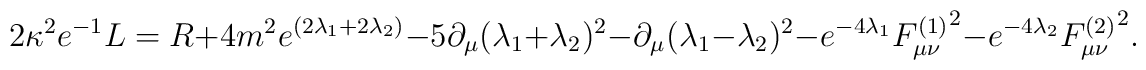
2\kappa^{2}e^{-1}L = R +4m^2e^{(2\lambda_{1}+2\lambda_{2})} - 5\partial_{\mu}(\lambda_{1}+\lambda_{2})^2 - \partial_{\mu}(\lambda_{1}-\lambda_{2})^2 - e^{-4\lambda_{1}}{F_{\mu\nu}^{(1)}}^{2}- e^{-4\lambda_{2}}{F_{\mu\nu}^{(2)}}^{2}.